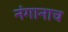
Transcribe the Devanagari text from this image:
नंगानाच